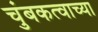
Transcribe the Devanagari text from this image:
चुंबकत्वाच्या